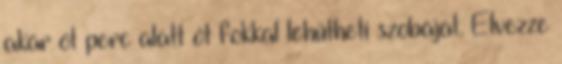
akár öt perc alatt öt fokkal lehűtheti szobáját. Élvezze